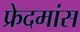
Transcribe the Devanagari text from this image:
फ्रेदमांस